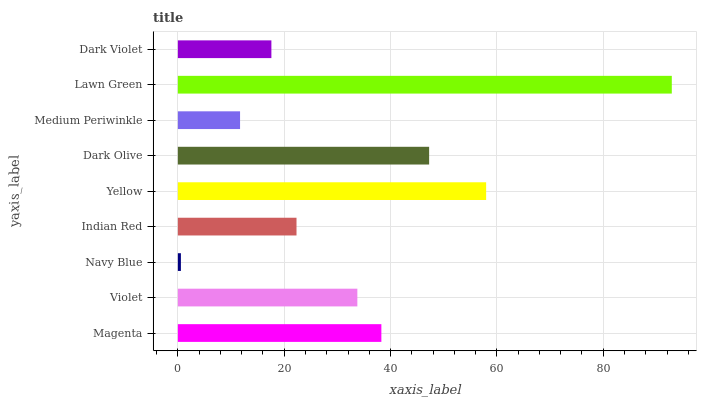
| yaxis_label | bars |
 | --- | --- |
 | Magenta | 38.3 |
 | Violet | 33.8 |
 | Navy Blue | 0.571 |
 | Indian Red | 22.3 |
 | Yellow | 58 |
 | Dark Olive | 47.3 |
 | Medium Periwinkle | 11.7 |
 | Lawn Green | 92.9 |
 | Dark Violet | 17.6 |